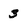
Character: 3